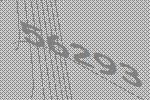
56293